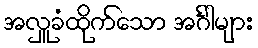
အလှူခံထိုက်သော အင်္ဂါများ